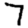
Digit: 7